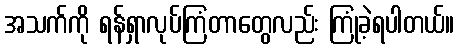
အသက်ကို ရန်ရှာလုပ်ကြံတာတွေလည်း ကြုံခဲ့ရပါတယ်။